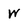
Character: W